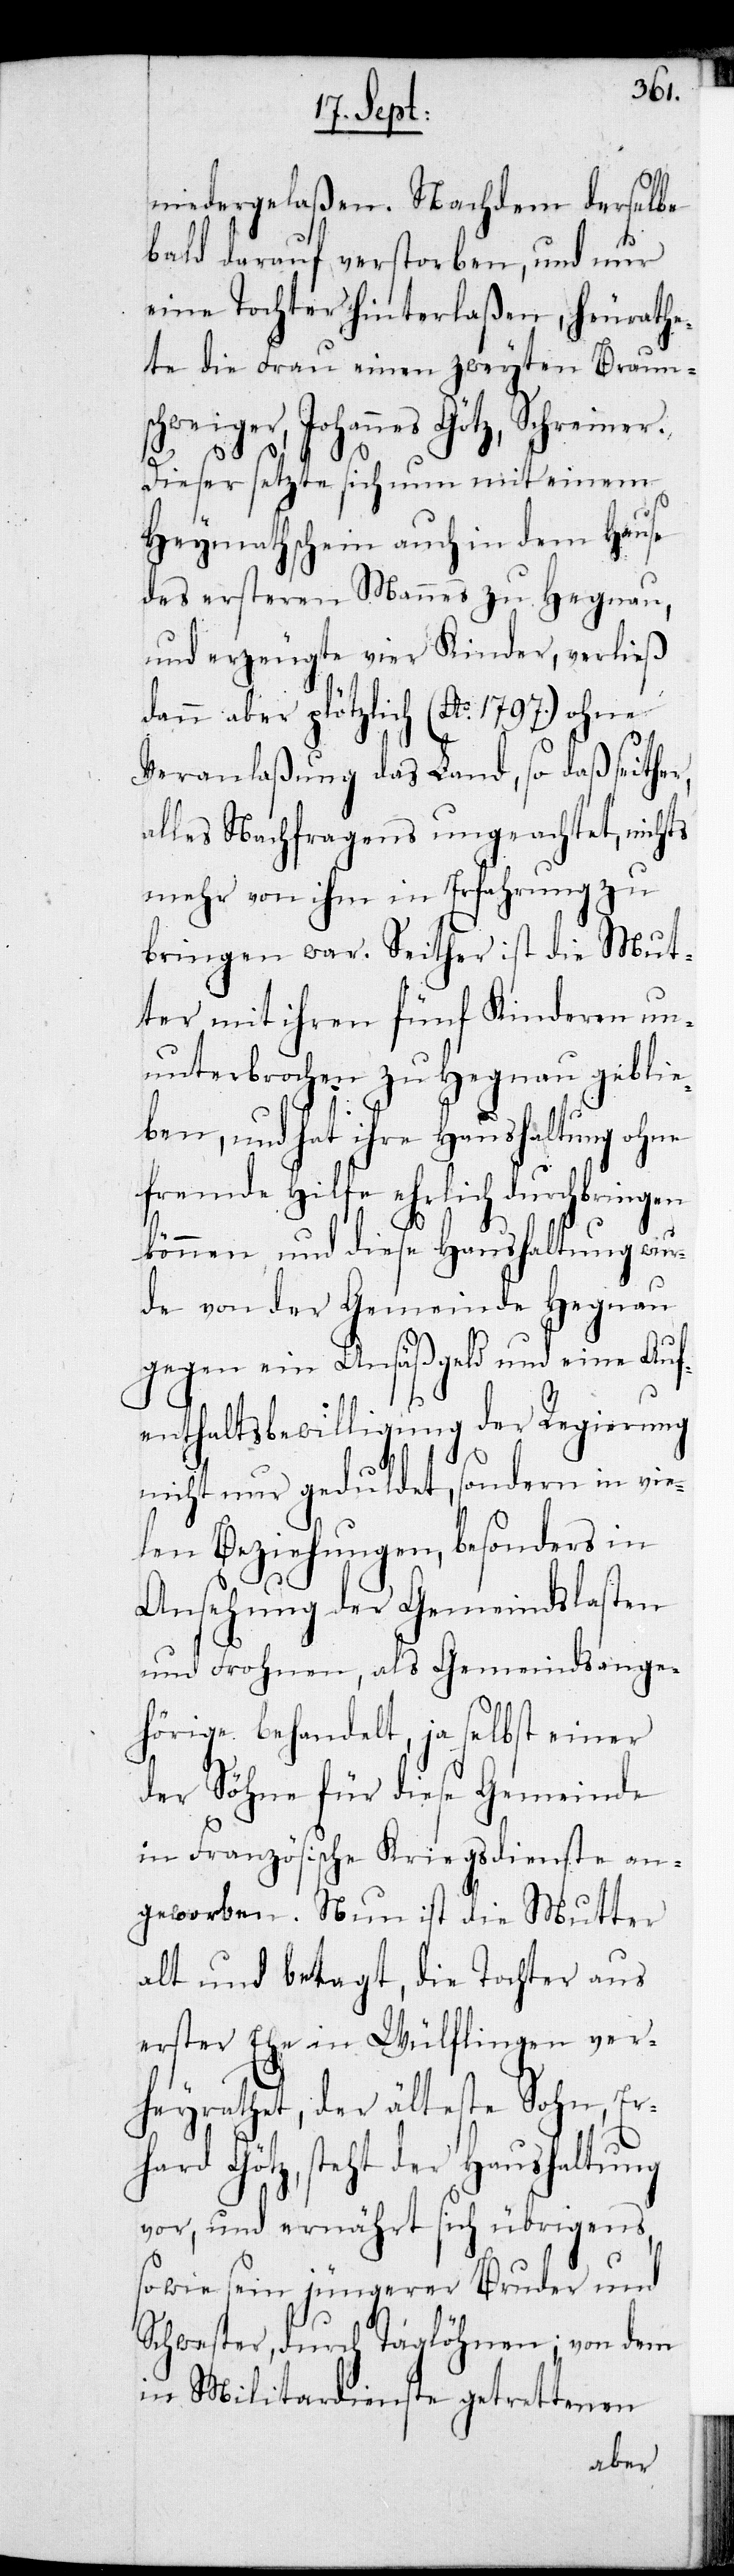
niedergelaßen. Nachdem derselbe
bald darauf verstorben, und nur
eine Tochter hinterlaßen, heurathe¬
te die Frau einen zweyten Braun¬
schweiger, Johannes Götz, Schreiner.
Dieser setzte sich nun mit einem
Heymathschein auch in dem Hause
des ersteren Mannes zu Hegnau,
und erzeugte vier Kinder, verließ
dann aber plötzlich (Ao 1797.) ohne
Veranlaßung das Land, so daß seither
alles Nachfragens ungeachtet, nichts
mehr von ihm in Erfahrung zu
bringen war. Seither ist die Mut¬
ter mit ihren fünf Kinderen un¬
unterbrochen zu Hegnau geblie¬
ben, und hat ihre Haushaltung ohne
fremde Hilfe ehrlich durchbringen
können und diese Haushaltung wur¬
de von der Gemeinde Hegnau
gegen ein Ansäßgeld und eine Auf¬
enthaltsbewilligung der Regierung
nicht nur geduldet, sondern in vie¬
len Beziehungen, besonders in
Ansehung der Gemeindslasten
und Frohnen, als Gemeindsange¬
hörige behandelt, ja selbst einer
der Söhne für diese Gemeinde
in Französische Kriegsdienste an¬
geworben. Nun ist die Mutter
alt und betagt, die Tochter aus
erster Ehe in Wülflingen ver¬
heyrathet, der älteste Sohn, Er¬
hard Götz, steht der Haushaltung
vor, und ernährt sich übrigens
sowie sein jüngerer Bruder und
Schwester, durch Taglöhnen; von dem
in Militardienste getrettenen